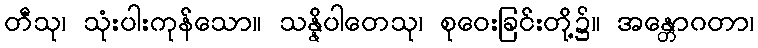
တီသု၊ သုံးပါးကုန်သော။ သန္နိပါတေသု၊ စုဝေးခြင်းတို့၌။ အန္တောဂတာ၊